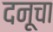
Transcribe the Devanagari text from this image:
दनूचा